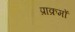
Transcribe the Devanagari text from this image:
प्राक्रमों